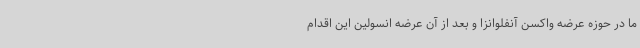
ما در حوزه عرضه واکسن آنفلوانزا و بعد از آن عرضه انسولین این اقدام